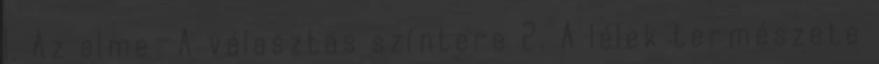
1. Az elme—A választás színtere 2. A lélek természete